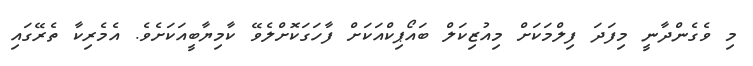
މި ވެގެންދާނީ މިފަދަ ފިލްމަކަށް މިއުޒިކަލް ބައޯޕިކްއަކަށް ފާހަގަކޮށްލެވޭ ކާމިޔާބީއަކަށެވެ. އެމެރިކާ ތެރޭގައި